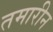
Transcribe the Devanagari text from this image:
तमारीन